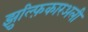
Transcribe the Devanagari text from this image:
झुल्फ़िकारअली